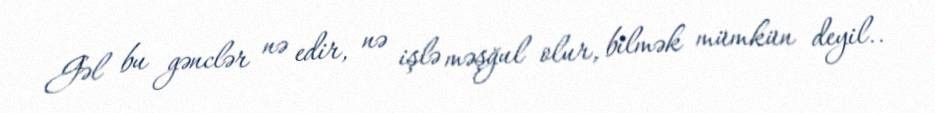
Gəl bu gənclər nə edir, nə işlə məşğul olur, bilmək mümkün deyil..